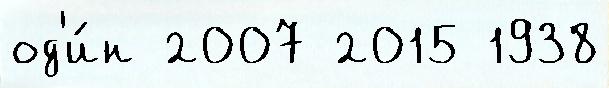
од'и́н 2007 2015 1938